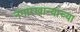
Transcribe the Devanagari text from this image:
नगारखान्याच्या